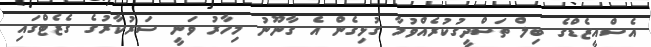
އެސްއީޒެޑްގެ ބިލް ތަސްދީގުކުރެއްވުމާ ގުޅިގެން އެ ގާނޫނު މިހާރު ވަނީ ސަރުކާރުގެ ގެޒެޓްގައި